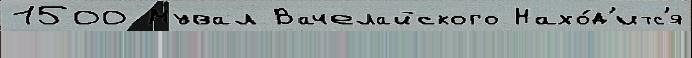
1500 Мувал Вачелайского Нахо́д'итс'я